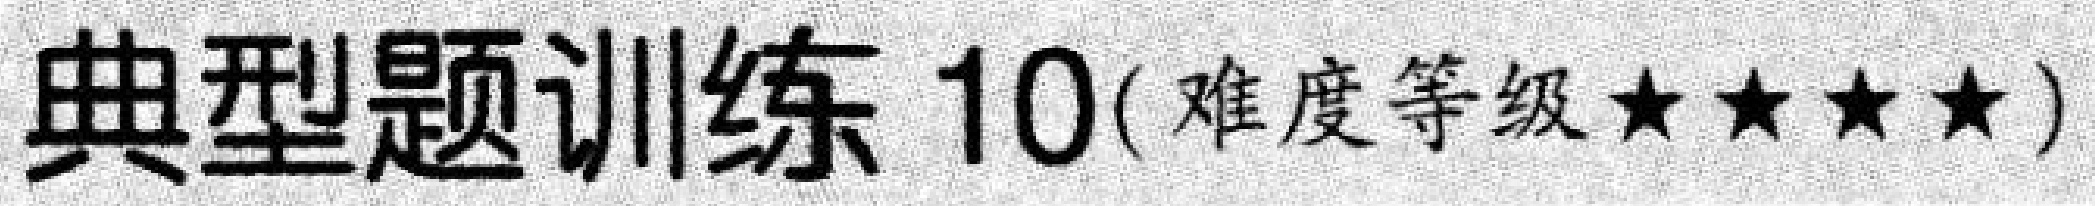
典型题训练 \(10\)( 难度等级 \(\star\star\star\star\))